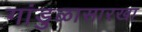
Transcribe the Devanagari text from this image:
गांडुळासारखा